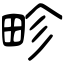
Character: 畛